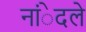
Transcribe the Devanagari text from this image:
नांेदले